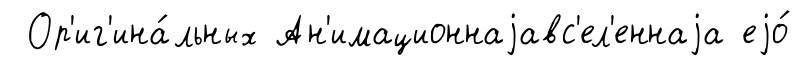
Ор'иг'ина́льных Ан'имационнаjавс'ел'еннаjа еjо́